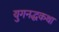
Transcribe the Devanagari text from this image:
युगनद्धकथा